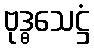
ဗုဒ္ဓသေဋ္ဌံ